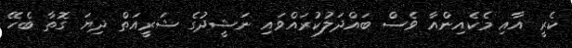
ކެރީ އާއި މެކެއިންއާ ވެސް ބައްދަލުކުރައްވައި ނަޝީދުގެ ޝަރީއަތް ދިޔަ ގޮތާ ބެހޭ